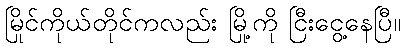
မြိုင်ကိုယ်တိုင်ကလည်း မြို့ကို ငြီးငွေ့နေပြီ။